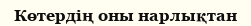
Көтердің оны нарлықтан